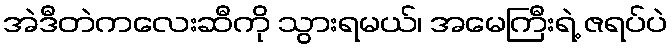
အဲဒီတဲကလေးဆီကို သွားရမယ်၊ အမေကြီးရဲ့ ဇရပ်ပဲ